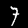
Label: 7